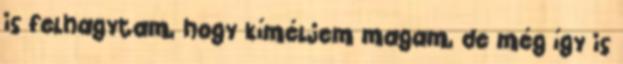
is felhagytam, hogy kíméljem magam, de még így is